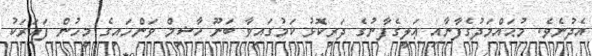
އެދުނެވެ. މުޙައްމަދުގެފާނާއި ޢަލީގެފާނުގެ ދަރިކޮޅު ކަމުގައިވާ ބަނޫ ހާޝިމް ވަންހައިގެ މީހުން ފަހަރަކު